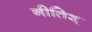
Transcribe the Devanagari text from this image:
नीतिश्